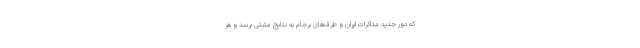
که دور جدید مذاکرات ایران و طرف‌های برجام به نتایج مثبتی برسد و هر